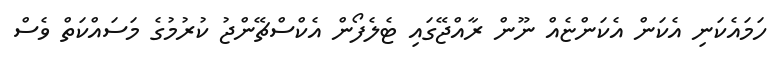
ހަމައެކަނި އެކަން އެކަންޏެއް ނޫން ރާއްޖޭގައި ޓެލެފޯން އެކްސްޗޭންޖު ކުރުމުގެ މަސައްކަތް ވެސް